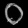
Digit: ၀